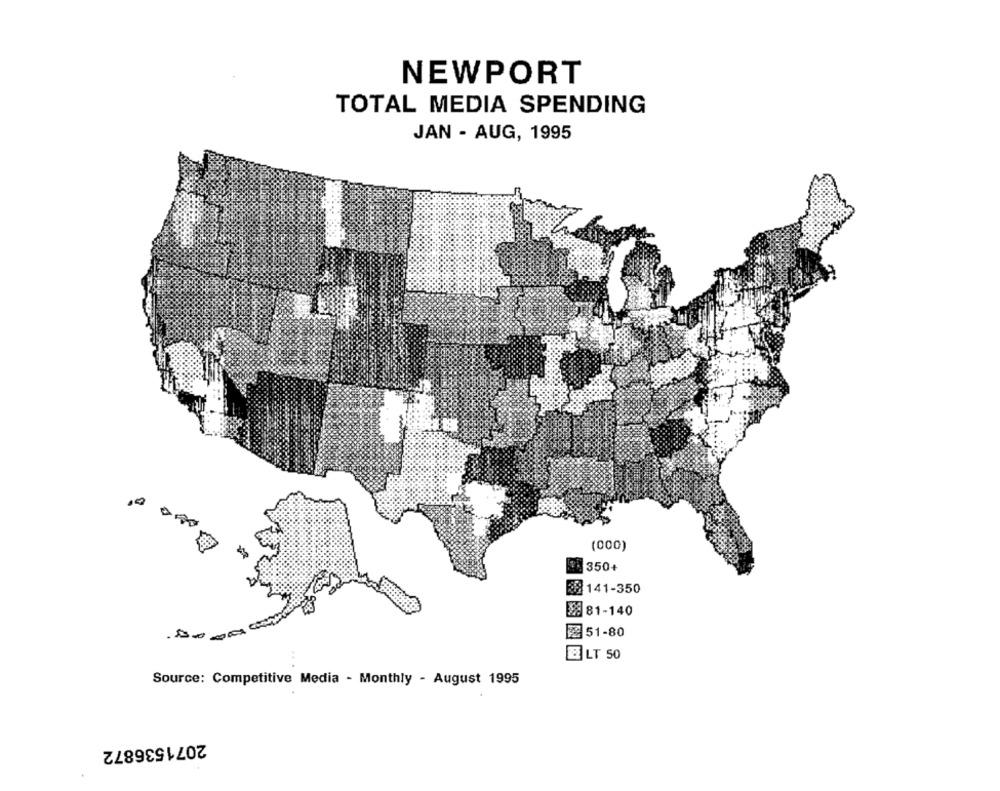
NEWPORT
TOTAL MEDIA SPENDING
JAN - AUG, 1995
(000)
350+
8 141-350
28 81-140
图 51-80
&LT 50
.. .
Source: Competitive Media - Monthly - August 1995
2071536872